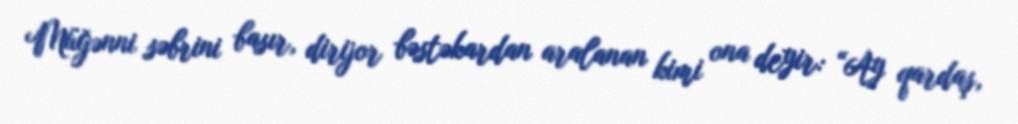
Müğənni səbrini basır, dirijor bəstəkardan aralanan kimi ona deyir: “Ay qardaş,